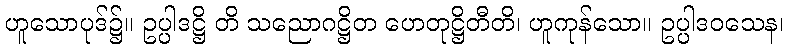
ဟူသောပုဒ်၌။ ဥပ္ပါဒဋ္ဌိ တိ သညောဂဋ္ဌိတ ဟေတုဋ္ဌိတီတိ၊ ဟူကုန်သော။ ဥပ္ပါဒဝသေန၊